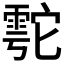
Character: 𲉹